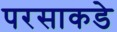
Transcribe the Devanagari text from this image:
परसाकडे